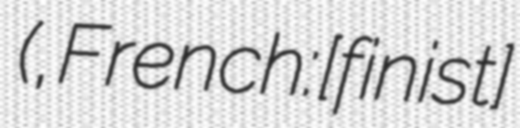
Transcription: (, French: [finistɛʁ]